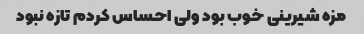
مزه شیرینی خوب بود ولی احساس کردم تازه نبود